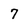
Character: 7